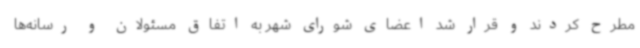
مطرح کردند و قرار شد اعضای شورای شهر به اتفاق مسئولان و رسانه‌ها